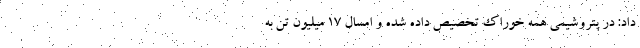
داد:‌ در پتروشیمی همه خوراک تخصیص داده شده و امسال ۱۷ میلیون تن به